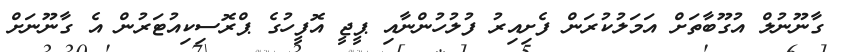
ގާނޫނުލް އުގޫބާތަށް އަމަލުކުރަން ފެށިއިރު ފުލުހުންނާއި ޕީޖީ އޮފީހުގެ ޕްރޮސިކިއުޓަރުން އެ ގާނޫނަށް